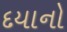
દયાનો